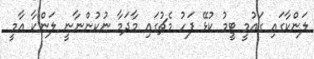
ލަންކާގައި ގައުމީ ޓީމު ކުޅޭ ފަހު މެޗުގައި މާދަމާ ނުކުންނާނީ ލަންކާ އާމީ